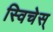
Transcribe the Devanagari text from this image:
स्विचेस्